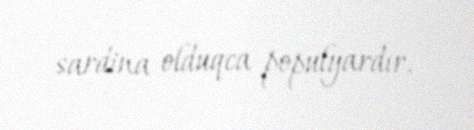
sardina olduqca populyardır.